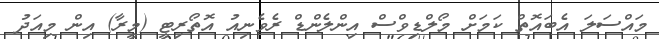
މައްސަލަ އެބައޮތް ކަމަށް މޯލްޑިވްސް އިންލެންޑް ރެވެނިއު އޮތޯރިޓީ (މީރާ) އިން މިއަދު